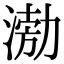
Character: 𭱢